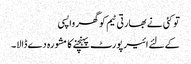
تو کئی نے بھارتی ٹیم کو گھر واپسی
کےلئے ائیر پورٹ پہنچنے کا مشورہ دے ڈالا۔